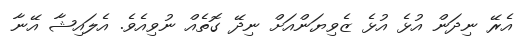
އެރޭ ނިދަން އުޅެ އުޅެ ޒެވިޔަންއަށް ނިދޭ ގޮތެއް ނުވިއެވެ. އެލައިޝާ އޭނާ